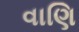
વાણિ